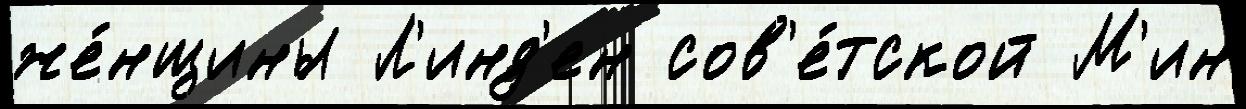
же́нщины Л'инд'ен сов'е́тской М'ин